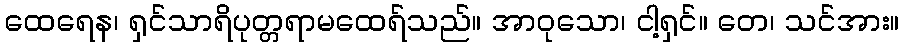
ထေရေန၊ ရှင်သာရိပုတ္တရာမထေရ်သည်။ အာဝုသော၊ ငါ့ရှင်။ တေ၊ သင်အား။